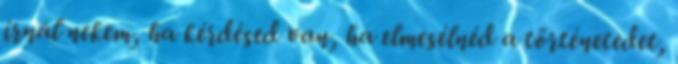
írnál nekem, ha kérdésed van, ha elmesélnéd a történetedet,